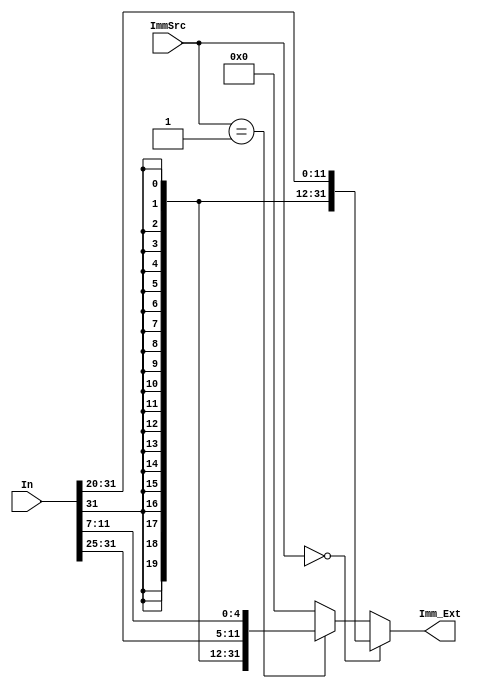


module Sign_Extend (In,ImmSrc,Imm_Ext);
    input [31:0] In;
    input [1:0] ImmSrc;
    output [31:0] Imm_Ext;

    assign Imm_Ext =  (ImmSrc == 2'b00) ? {{20{In[31]}},In[31:20]} : 
                     (ImmSrc == 2'b01) ? {{20{In[31]}},In[31:25],In[11:7]} : 32'h00000000; 

endmodule